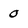
Character: 0